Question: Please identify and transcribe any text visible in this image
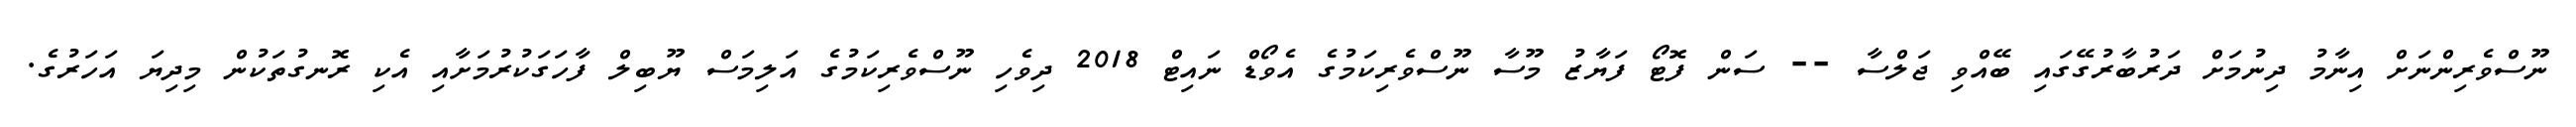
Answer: ނޫސްވެރިންނަށް އިނާމު ދިނުމަށް ދަރުބާރުގޭގައި ބޭއްވި ޖަލްސާ -- ސަން ފޮޓޯ ފަޔާޒު މޫސާ ނޫސްވެރިކަމުގެ އެވޯޑް ނައިޓް 2018 ދިވެހި ނޫސްވެރިކަމުގެ އަލިމަސް ޔޫބިލް ފާހަގަކުރުމަށާއި އެކި ރޮނގުތަކުން މިދިޔަ އަހަރުގެ.